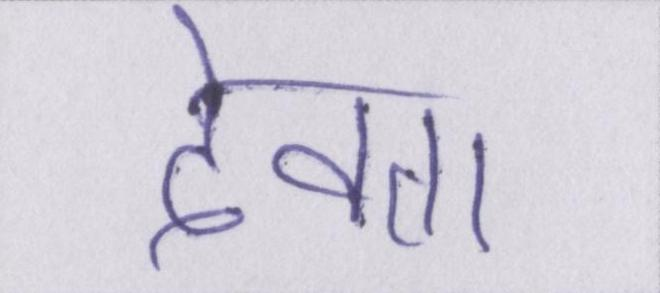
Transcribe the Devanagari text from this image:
देवता